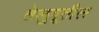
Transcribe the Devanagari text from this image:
तेलुगूतील